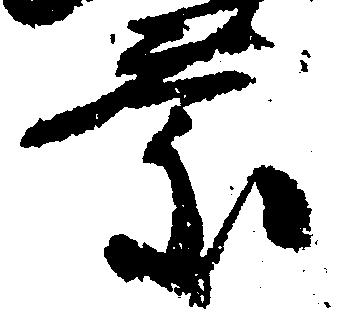
慶